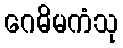
ဂေဓိမကံသု